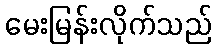
မေးမြန်းလိုက်သည်